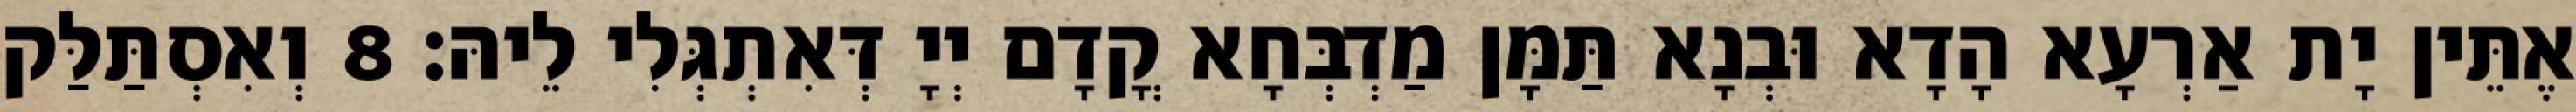
אֶתֵּין יָת אַרְעָא הָדָא וּבְנָא תַּמָּן מַדְבְּחָא קֳדָם יְיָ דְּאִתְגְּלִי לֵיהּ׃ 8 וְאִסְתַּלַּק